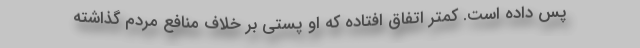
پس داده است. کمتر اتفاق افتاده که او پستی بر خلاف منافع مردم گذاشته